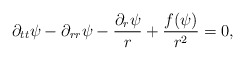
\begin{align*}\partial_{tt}\psi-\partial_{rr}\psi-\frac{\partial_r\psi}{r}+\frac{f(\psi)}{r^2}=0,\end{align*}